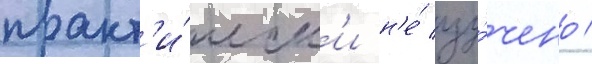
практ'и́ческ'и н'е́ изу́чено /